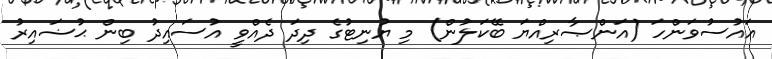
އައުސުވަންހަ (އަންޞާރިއްޔަ ބޭކަލުން) މި ޔުނިޓުގެ ދިދަ ދެއްވީ އުސައިދު ބިން ޙުޟައިރު